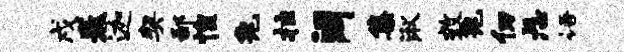
戌卷迦契鄙惶兔拄阔集湫效兔仞忐语